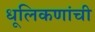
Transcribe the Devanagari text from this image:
धूलिकणांची